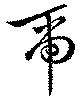
帝